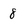
Character: 8